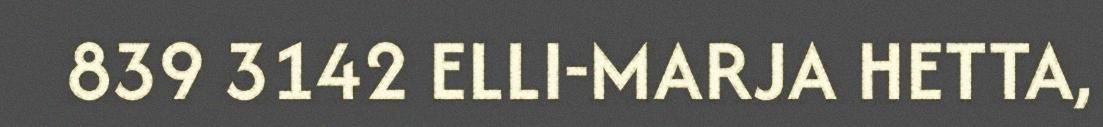
839 3142 ELLI-MARJA HETTA,